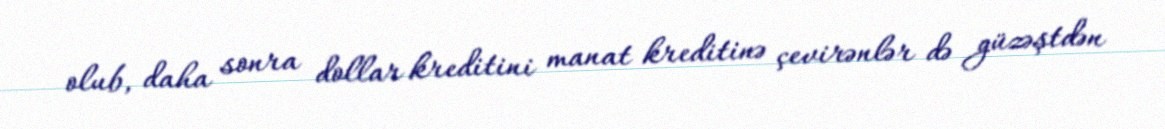
olub, daha sonra dollar kreditini manat kreditinə çevirənlər də güzəştdən